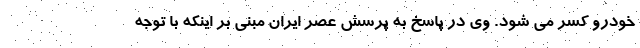
خودرو کسر می شود. وی در پاسخ به پرسش عصر ایران مبنی بر اینکه با توجه